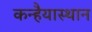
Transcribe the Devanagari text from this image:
कन्हैयास्थान